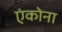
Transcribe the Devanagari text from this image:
एंकोना